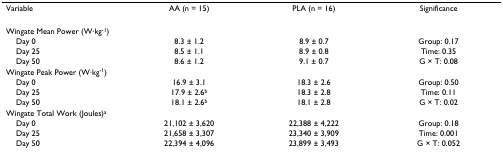
| Variable | AA (n = 15) | PLA (n = 16) | Significance |
 | --- | --- | --- | --- |
 | Wingate Mean Power (W·kg-1) |  |  |  |
 | Day 0 | 8.3 ± 1.2 | 8.9 ± 0.7 | Group: 0.17 |
 | Day 25 | 8.5 ± 1.1 | 8.9 ± 0.8 | Time: 0.35 |
 | Day 50 | 8.6 ± 1.2 | 9.1 ± 0.7 | G × T: 0.08 |
 | Wingate Peak Power (W·kg-1) |  |  |  |
 | Day 0 | 16.9 ± 3.1 | 18.3 ± 2.6 | Group: 0.50 |
 | Day 25 | 17.9 ± 2.6b | 18.3 ± 2.8 | Time: 0.11 |
 | Day 50 | 18.1 ± 2.6b | 18.1 ± 2.8 | G × T: 0.02 |
 | Wingate Total Work (Joules)a |  |  |  |
 | Day 0 | 21,102 ± 3,620 | 22,388 ± 4,222 | Group: 0.18 |
 | Day 25 | 21,658 ± 3,307 | 23,340 ± 3,909 | Time: 0.001 |
 | Day 50 | 22,394 ± 4,096 | 23,899 ± 3,493 | G × T: 0.052 |